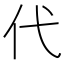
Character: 代